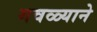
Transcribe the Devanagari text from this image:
गवळ्याने